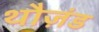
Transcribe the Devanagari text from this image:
थौज़ंड